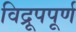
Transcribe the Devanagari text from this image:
विद्रूपपूर्ण